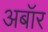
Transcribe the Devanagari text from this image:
अबॉर